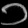
Digit: ၁